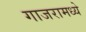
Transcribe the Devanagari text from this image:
गाजरामध्ये